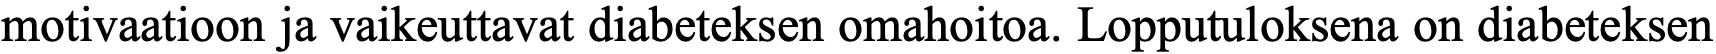
motivaatioon ja vaikeuttavat diabeteksen omahoitoa. Lopputuloksena on diabeteksen